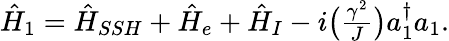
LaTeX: \begin{array}{r}{\hat{H}_{1}=\hat{H}_{SSH}+\hat{H}_{e}+\hat{H}_{I}-i\big(\frac{\gamma^{2}}{J}\big)a_{1}^{\dagger}a_{1}.}\end{array}